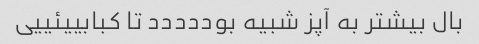
بال بیشتر به آپز شبیه بوددددد تا کبابییئییی